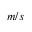
m / s